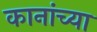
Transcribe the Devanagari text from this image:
कानांच्या